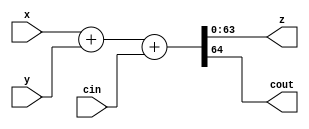
`timescale 1ns/100ps

module Adder
  #(parameter n = 64,
  parameter delay = 50)
(
  input [n-1:0] x,
  input [n-1:0] y,
  input cin,
  output [n-1:0] z,
  output cout);
  
  assign {cout, z} = x + y + cin;
  
endmodule